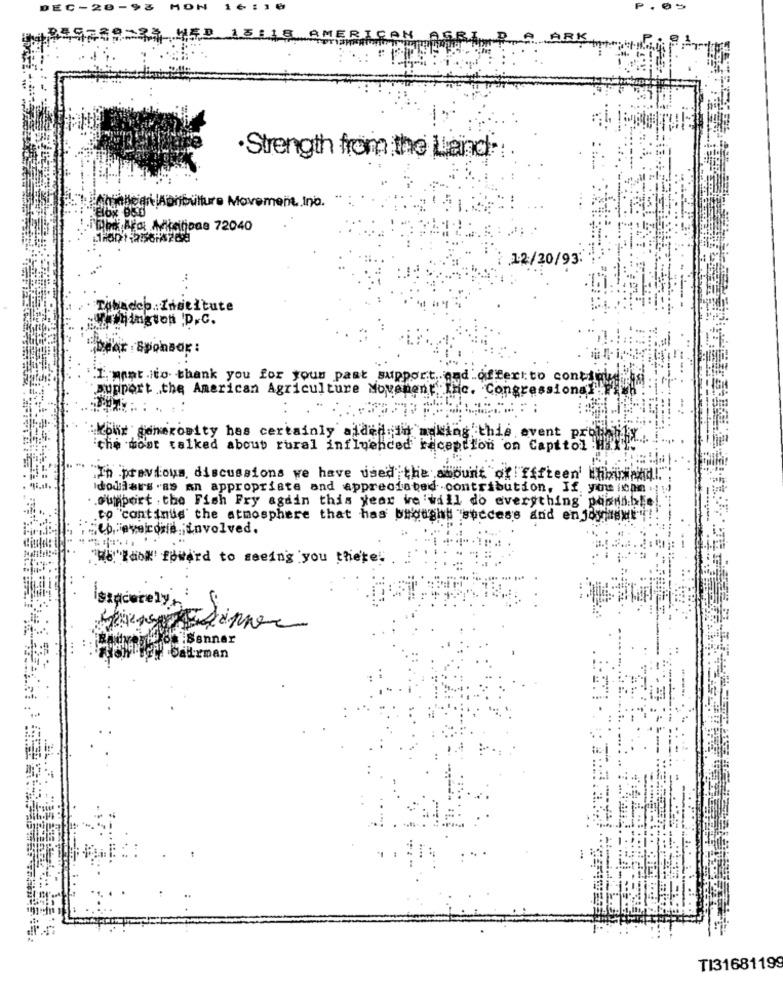
DEC-20
MON
1 6 : 1 0
4739224 WED 13115 AMERI
CAN AGRI, P. A ARI
·Strength from the Land ::
belcian Abributture Movement Ino.
And Alar Makatipas 72040
12/20/93:
Tobadoo Institute
Thington D.C.
Dear Sponsor :
I. mant .to thank you for your past support and offert to conti
support .the American Agriculture Movement, Inc. Congressiona
our generosity has certainly aidedin making this event pro
'the most talked about rural influenced reception on Capitol !
In previous discussions we have used the amount of fifteen Unbind!"
dodiars .as an appropriate and appreciated contribution, If. you ican .
.support . the Fish Fry again this year we will do everything' posible
co "continue the atmosphere that has brought "success and enjoy
Seb, Teveicons ;involved.
We Look forward to seeing you there!
rely
o Senner
Datrman
TI31681199